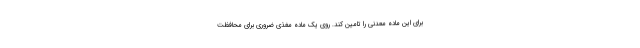
برای این ماده معدنی را تامین کند. روی یک ماده مغذی ضروری برای محافظت